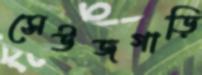
সেউজগাড়ি